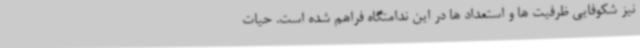
نیز شکوفایی ظرفیت ها و استعداد ها در این ندامتگاه فراهم شده است. حیات